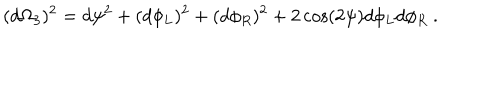
LaTeX: ( d \Omega _ { 3 } ) ^ { 2 } = d \psi ^ { 2 } + ( d \phi _ { L } ) ^ { 2 } + ( d \phi _ { R } ) ^ { 2 } + 2 \cos ( 2 \psi ) d \phi _ { L } d \phi _ { R } ~ .